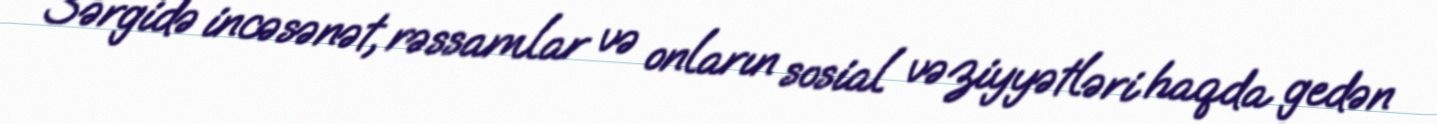
Sərgidə incəsənət, rəssamlar və onların sosial vəziyyətləri haqda gedən